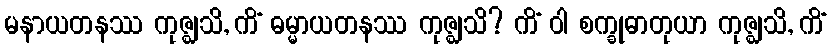
မနာယတနဿ ကုဇ္ဈသိ, ကိံ ဓမ္မာယတနဿ ကုဇ္ဈသိ? ကိံ ဝါ စက္ခုဓာတုယာ ကုဇ္ဈသိ, ကိံ